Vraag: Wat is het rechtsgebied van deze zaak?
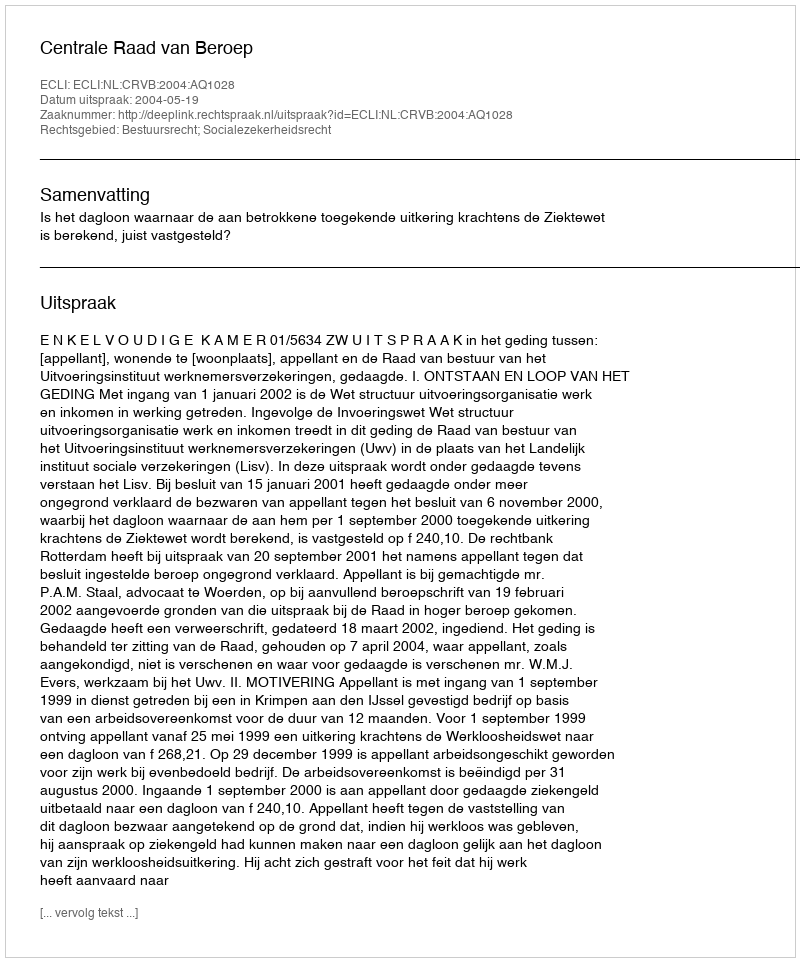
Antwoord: Bestuursrecht; Socialezekerheidsrecht